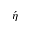
\acute { \eta }